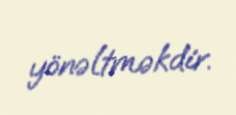
yönəltməkdir.